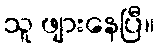
သူ ဖျားနေပြီ။